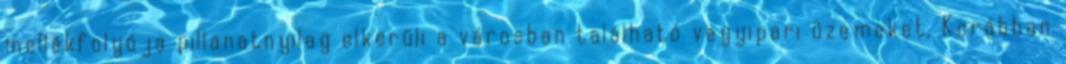
mellékfolyója pillanatnyilag elkerüli a városban található vegyipari üzemeket. Korábban